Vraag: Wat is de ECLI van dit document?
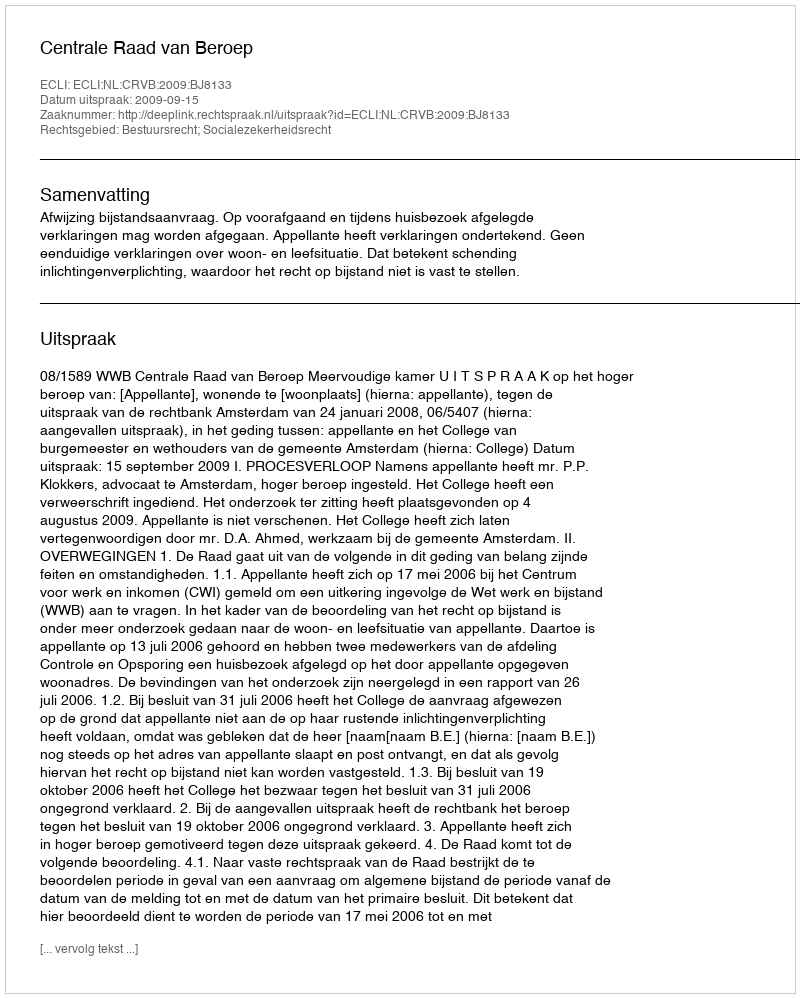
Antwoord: ECLI:NL:CRVB:2009:BJ8133